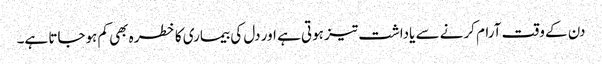
دن کے وقت آرام کرنے سے یاداشت تیز ہوتی ہے اور دل کی بیماری کا خطرہ بھی کم ہوجاتا ہے۔